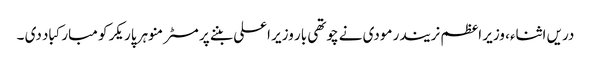
دریں اثناء، وزیر اعظم نریندر مودی نے چوتھی بار وزیر اعلی بننے پر مسٹر منوہر پاریکر کو مبارکباد دی ۔